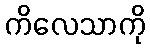
ကိလေသာကို